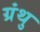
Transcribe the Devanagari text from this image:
ग्रंथु